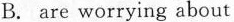
B. are worrying about